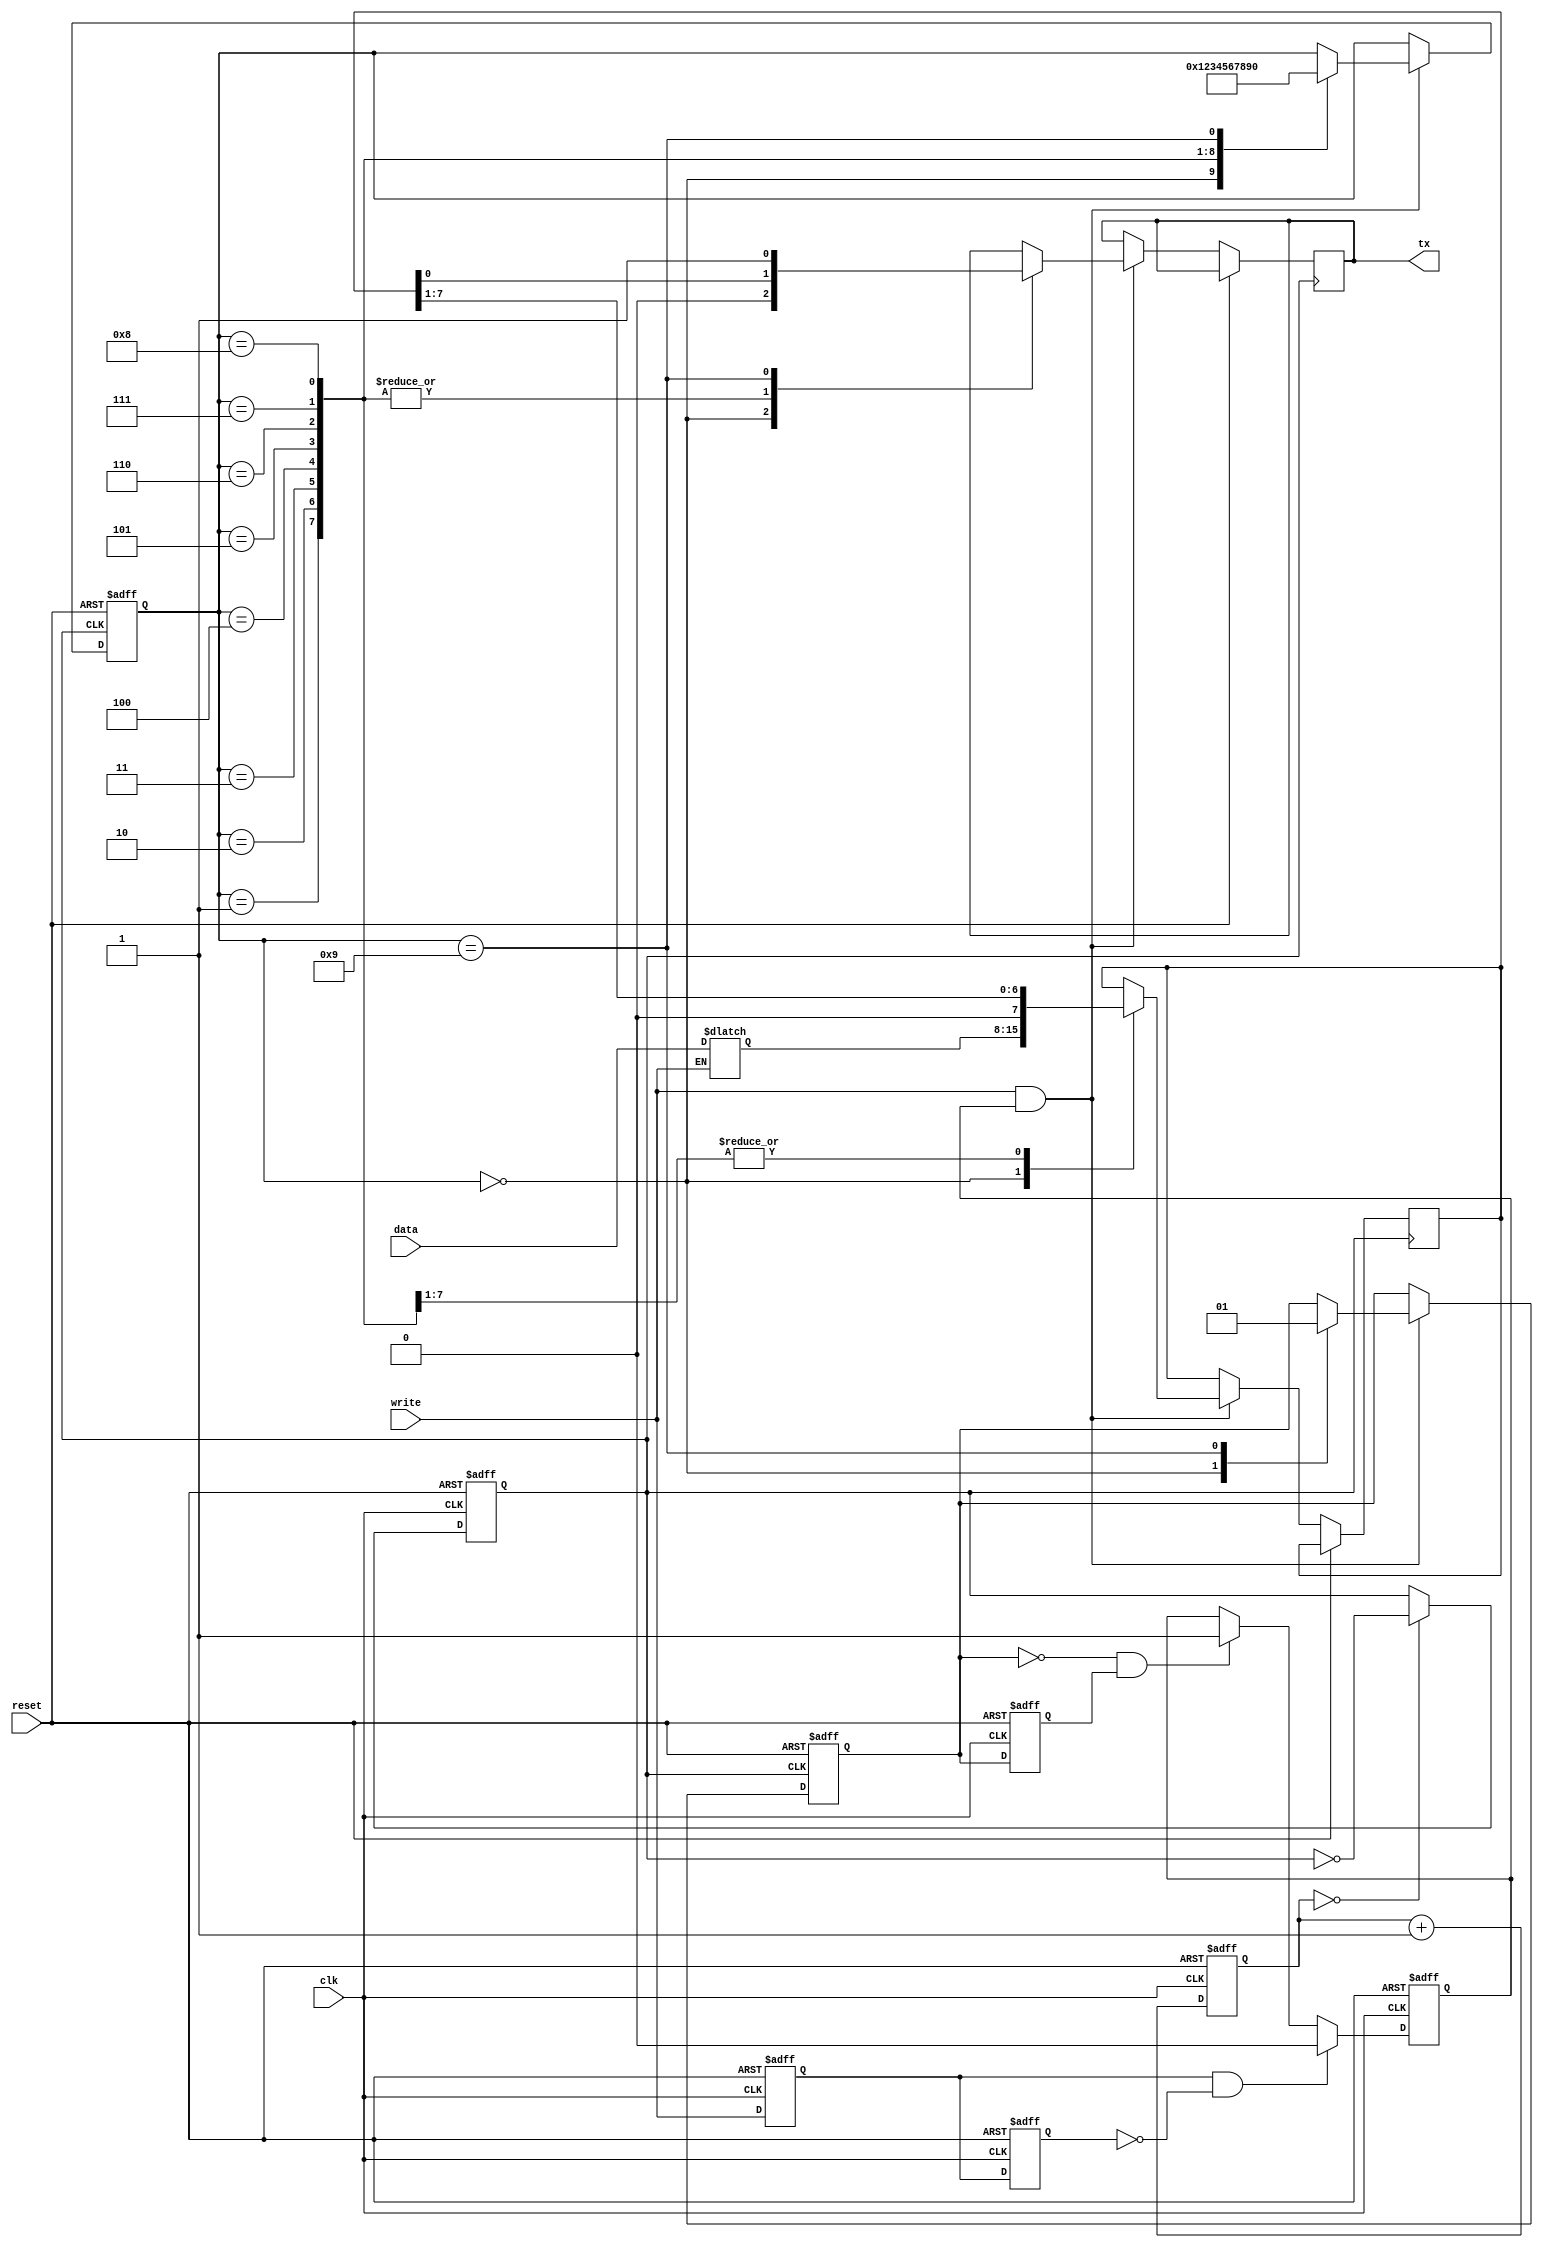
module tx(clk,write,reset,tx,data);
input clk;
input reset;
input write;
input [7:0]data;

output tx;reg tx;


reg [7:0] thr; 
reg [7:0] tsr;
reg [2:0] cnt;
reg [3:0] state;
reg txclk;
reg txdone,txdone1,write1,write2;
reg datardy;


//write ????????
always@(write or data)
	if(write)
	  begin 
	  thr=data;

	  end

//???????????1/16
always@(posedge clk or posedge reset)
if(reset)
  begin
  txclk <=1'b0;
  cnt <=3'b000;
  end
else
  begin
  if(cnt ==3'b000)
	txclk = !txclk;

	cnt <= cnt +1;
  end 
 always @(posedge clk or posedge reset)
if (reset) 
	begin
	datardy <= 1'b1;
	write2 <= 1'b1;
	write1 <= 1'b1;		
	txdone1 <= 1'b1;		            // Set equal to txdone at reset.
	end
else
	begin
	if (write1 &&  !write2)
	   datardy  <= 1'b0;           // At risign edge of write, new data are latched in thr, and txdatardy are set.

	else if (!txdone &&  txdone1)
	     	datardy  <= 1'b1;			// At falling edge of txdone, the thr has been loaded into tsr, so txdatardy are reset.

	// Generate delayed versions of write and txdone signals for edge detection.
	write2 <= write1;
	write1 <= write;
	txdone1 <= txdone;
	end 

//?????tx??
always@(posedge txclk or posedge reset)
if(reset)
  begin
  state = 4'b0000;
  txdone= 1'b1;

  end
else if(write&&datardy)
  case(state)
  4'b0000: begin state=4'b0001; tsr=thr;tx=1'b0; txdone= 1'b0; end
  4'b0001: begin state=4'b0010; tx=tsr[0];tsr=tsr>>1; end
  4'b0010: begin state=4'b0011; tx=tsr[0];tsr=tsr>>1; end
  4'b0011: begin state=4'b0100; tx=tsr[0];tsr=tsr>>1; end
  4'b0100: begin state=4'b0101; tx=tsr[0];tsr=tsr>>1; end
  4'b0101: begin state=4'b0110; tx=tsr[0];tsr=tsr>>1; end
  4'b0110: begin state=4'b0111; tx=tsr[0];tsr=tsr>>1; end
  4'b0111: begin state=4'b1000; tx=tsr[0];tsr=tsr>>1; end
  4'b1000: begin state=4'b1001; tx=tsr[0]; end 
  4'b1001: begin state=4'b0000;txdone=1'b1;    tx=1'b1;    end 
  endcase

 
endmodule